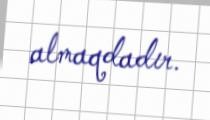
almaqdadır.